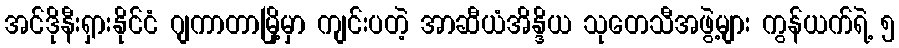
အင်ဒိုနီးရှားနိုင်ငံ ဂျကာတာမြို့မှာ ကျင်းပတဲ့ အာဆီယံအိန္ဒိယ သုတေသီအဖွဲ့များ ကွန်ယက်ရဲ့ ၅